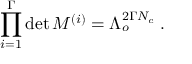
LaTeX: \prod _ { i = 1 } ^ { \Gamma } \operatorname * { d e t } M ^ { ( i ) } = \Lambda _ { o } ^ { 2 \Gamma N _ { c } } \; .